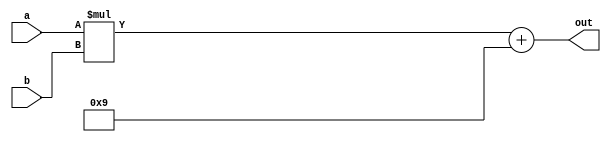
// Simulation : Waveform34.vwf
module multiplier_test(a,b,out);
	input [7:0] a,b;
	output [7:0] out;
	
	
	
	assign out = (a*b) + 7'd9;
	
	
	
	endmodule